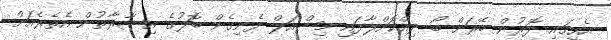
އެހީގައި ދޮރުން ބޭރަށް ބޯ ދިއްކޮށްލާފައި މިޝްއަލް ފެނިގެން ބޮލުގެ އިޝާރާތުން އެތެރެއަށް